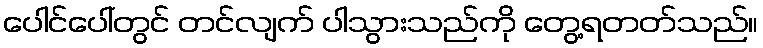
ပေါင်ပေါ်တွင် တင်လျက် ပါသွားသည်ကို တွေ့ရတတ်သည်။